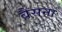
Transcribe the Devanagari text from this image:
बैसना